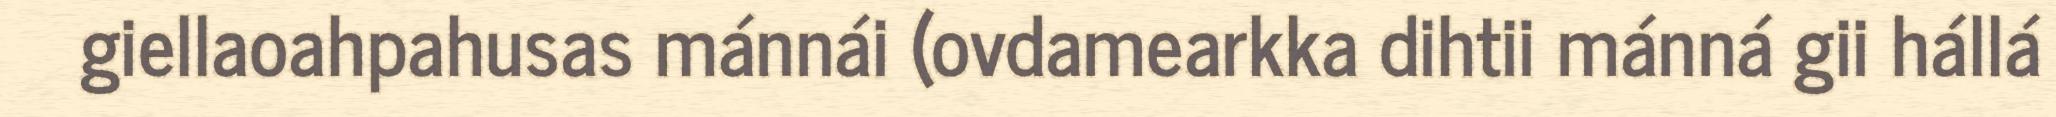
giellaoahpahusas mánnái (ovdamearkka dihtii mánná gii hállá